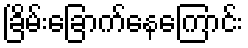
ခြိမ်းခြောက်နေကြောင်း